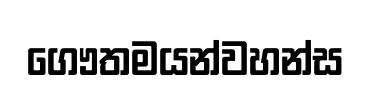
ගෞතමයන්වහන්ස